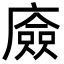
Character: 㢛